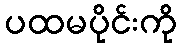
ပထမပိုင်းကို